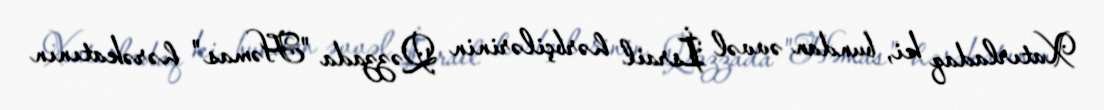
Xatırladaq ki, bundan əvvəl İsrail hərbçilərinin Qəzzada "Həmas" hərəkatının